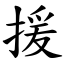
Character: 援